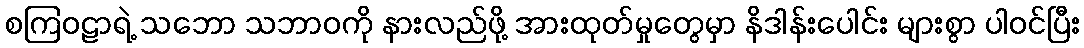
စကြဝဠာရဲ့ သဘော သဘာဝကို နားလည်ဖို့ အားထုတ်မှုတွေမှာ နိဒါန်းပေါင်း များစွာ ပါဝင်ပြီး